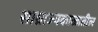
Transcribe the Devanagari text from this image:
साम्राज्यकाळातील